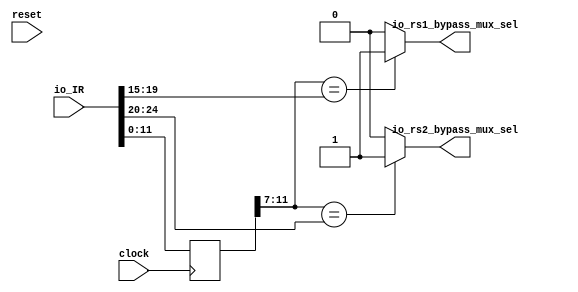
`ifdef RANDOMIZE_GARBAGE_ASSIGN
`define RANDOMIZE
`endif
`ifdef RANDOMIZE_INVALID_ASSIGN
`define RANDOMIZE
`endif
`ifdef RANDOMIZE_REG_INIT
`define RANDOMIZE
`endif
`ifdef RANDOMIZE_MEM_INIT
`define RANDOMIZE
`endif

module ByPassBridge(
  input         clock,
  input         reset,
  input  [31:0] io_IR,
  output        io_rs1_bypass_mux_sel,
  output        io_rs2_bypass_mux_sel
);
  reg [31:0] IR_old;
  reg [31:0] _GEN_0;
  wire [4:0] _T_35;
  wire [4:0] _T_36;
  wire  _T_37;
  wire  _T_40;
  wire  _GEN_1;
  wire [4:0] _T_60;
  wire  _T_61;
  wire  _T_64;
  wire  _GEN_4;
  assign io_rs1_bypass_mux_sel = _GEN_1;
  assign io_rs2_bypass_mux_sel = _GEN_4;
  assign _T_35 = IR_old[11:7];
  assign _T_36 = io_IR[19:15];
  assign _T_37 = _T_35 == _T_36;
  assign _T_40 = _T_37 == 1'h0;
  assign _GEN_1 = _T_40 ? 1'h0 : 1'h1;
  assign _T_60 = io_IR[24:20];
  assign _T_61 = _T_35 == _T_60;
  assign _T_64 = _T_61 == 1'h0;
  assign _GEN_4 = _T_64 ? 1'h0 : 1'h1;
`ifdef RANDOMIZE
  integer initvar;
  initial begin
    `ifndef verilator
      #0.002 begin end
    `endif
  `ifdef RANDOMIZE_REG_INIT
  _GEN_0 = {1{$random}};
  IR_old = _GEN_0[31:0];
  `endif
  end
`endif
  always @(posedge clock) begin
    IR_old <= io_IR;
  end
endmodule